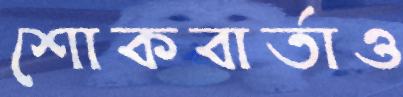
শোকবার্তাও